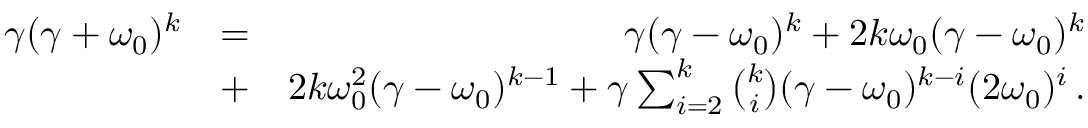
\begin{array} { r l r } { \gamma ( \gamma + \omega _ { 0 } ) ^ { k } } & { = } & { \gamma ( \gamma - \omega _ { 0 } ) ^ { k } + 2 k \omega _ { 0 } ( \gamma - \omega _ { 0 } ) ^ { k } } \\ & { + } & { 2 k \omega _ { 0 } ^ { 2 } ( \gamma - \omega _ { 0 } ) ^ { k - 1 } + \gamma \sum _ { i = 2 } ^ { k } \binom { k } { i } ( \gamma - \omega _ { 0 } ) ^ { k - i } ( 2 \omega _ { 0 } ) ^ { i } \, . } \end{array}